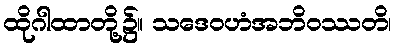
ထိုဂါထာတို့၌။ သဒေဝဟံအဘိဝဿတိ၊